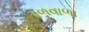
માળવાળા